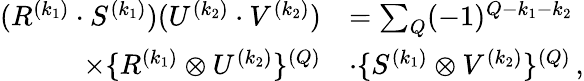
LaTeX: \begin{array}{rl}{(R^{(k_{1})}\cdot S^{(k_{1})})(U^{(k_{2})}\cdot{V^{(k_{2})}})}&{=\sum_{Q}(-1)^{Q-k_{1}-k_{2}}}\\ {\times\{ R^{(k_{1})}\otimes U^{(k_{2})}\} ^{(Q)}}&{\cdot{\{ S^{(k_{1})}\otimes V^{(k_{2})}}\} ^{(Q)}\, ,}\end{array}